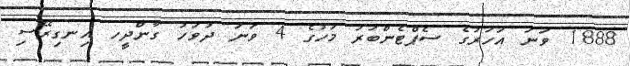
1888 ވަނަ އަހަރުގެ ސެޕްޓެންބަރު މަހުގެ 4 ވަނަ ދުވަހު ގާންދީހ އިނގިރޭސި